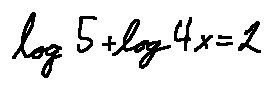
\log 5 + \log 4 x = 2